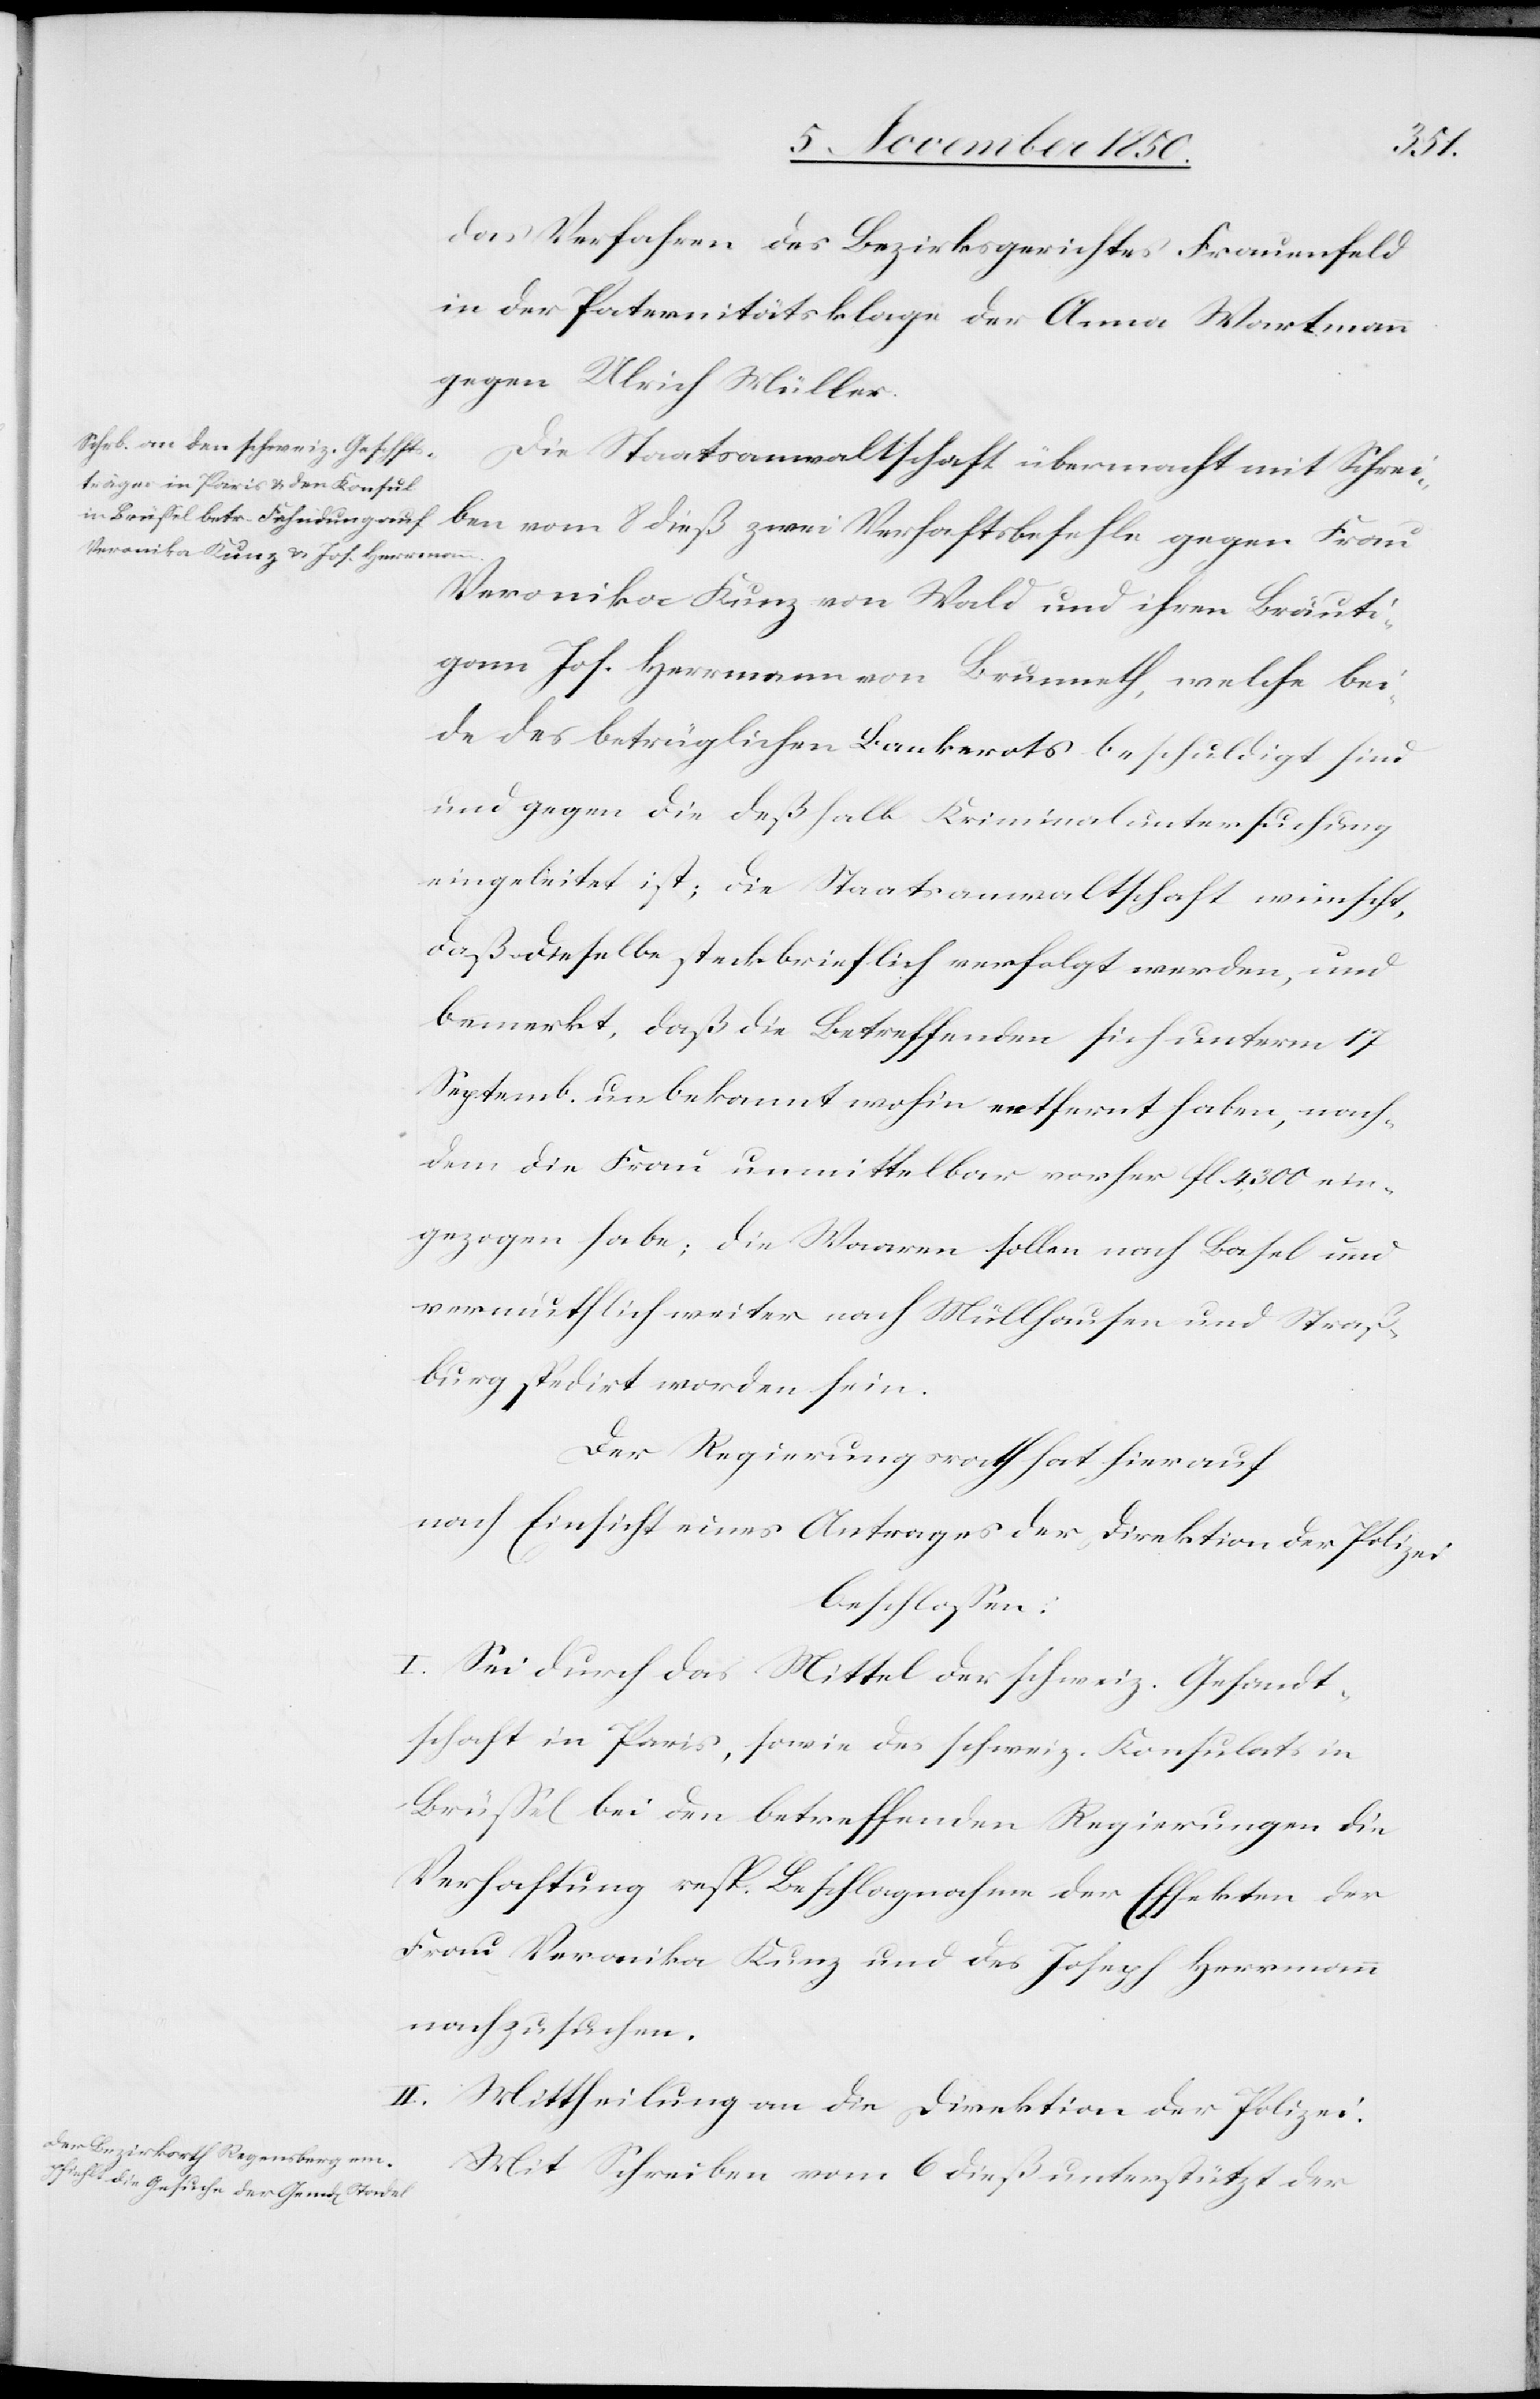
Actum,
9 November 1850.]
das Verfahren des Bezirksgerichtes Frauenfeld
in der Paternitätsklage der Anna Wartmann
gegen Ulrich Müller.
Die Staatsanwaltschaft übermacht mit Schrei¬
ben vom 8 dieß zwei Verhaftsbefehle gegen Frau
Veronika Kunz von Wald und ihren Bräuti¬
gam Jos. Herrmann von Brunneth, welche bei¬
de des betrüglichen Bankerots beschuldigt sind
und gegen die deßhalb Kriminaluntersuchung
eingeleitet ist; die Staatsanwaltschaft wünscht,
daß dieselbe[n] steckbrieflich verfolgt werden, und
bemerkt, daß die Betreffenden sich unterm 17
Septemb. unbekannt wohin entfernt haben, nach¬
dem die Frau unmittelbar vorher fl 4,300 ein¬
gezogen habe; die Waaren sollen nach Basel und
vermuthlich weiter nach Müllhausen und Straß¬
burg spedirt worden sein.
Der Regierungsrath hat hierauf
nach Einsicht eines Antrages der Direktion der Polizei
beschlossen:
I. Sei durch das Mittel der schweiz. Gesandt¬
schaft in Paris, sowie des schweiz. Konsulats in
Brüssel bei den betreffenden Regierungen die
Verhaftung resp. Beschlagnahme der Effekten der
Frau Veronika Kunz und des Joseph Herrmann
nachzusuchen.
II. Mittheilung an die Direktion der Polizei.
Mit Schreiben vom 6 dieß unterstützt der